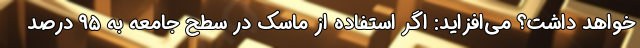
خواهد داشت؟ می‌افزاید: اگر استفاده از ماسک در سطح جامعه به ۹۵ درصد